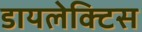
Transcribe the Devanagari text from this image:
डायलेक्टिस